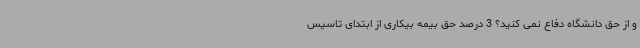
و از حق دانشگاه دفاع نمی کنید؟ 3 درصد حق بیمه بیکاری از ابتدای تاسیس